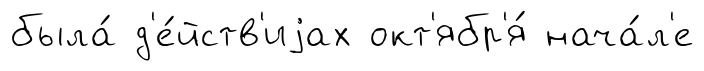
была́ д'е́йств'иjах окт'ябр'я́ нача́л'е